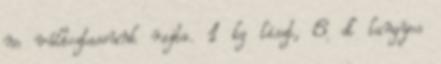
ne változtassunk rajta. 1 kg liszt, 6 dl langyos